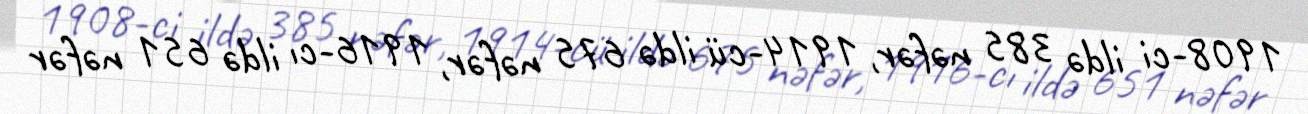
1908-ci ildə 385 nəfər, 1914-cü ildə 675 nəfər, 1916-cı ildə 651 nəfər